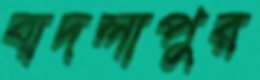
বাদলাপুর